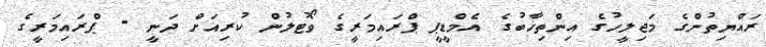
ރައްޔިތުންގެ މަޖިލީހުގެ އިންތިޚާބުގެ އެމްޑީޕީ ޕްރައިމަރީގެ ވޯޓުލުން ކުރިއަށް ދަނީ - ޕްރައިމަރީގެ